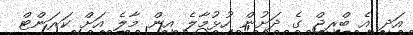
އަދި އެ ބްރިޖް ގެ ދަށުން ހުޅުމާލެ އިން މާލެ އަށް ކަރަންޓް